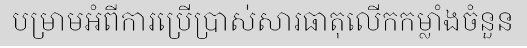
បម្រាមអំពីការប្រើប្រាស់សារធាតុលើកកម្លាំងចំនួន